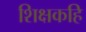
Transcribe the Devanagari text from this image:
शिक्षकहि